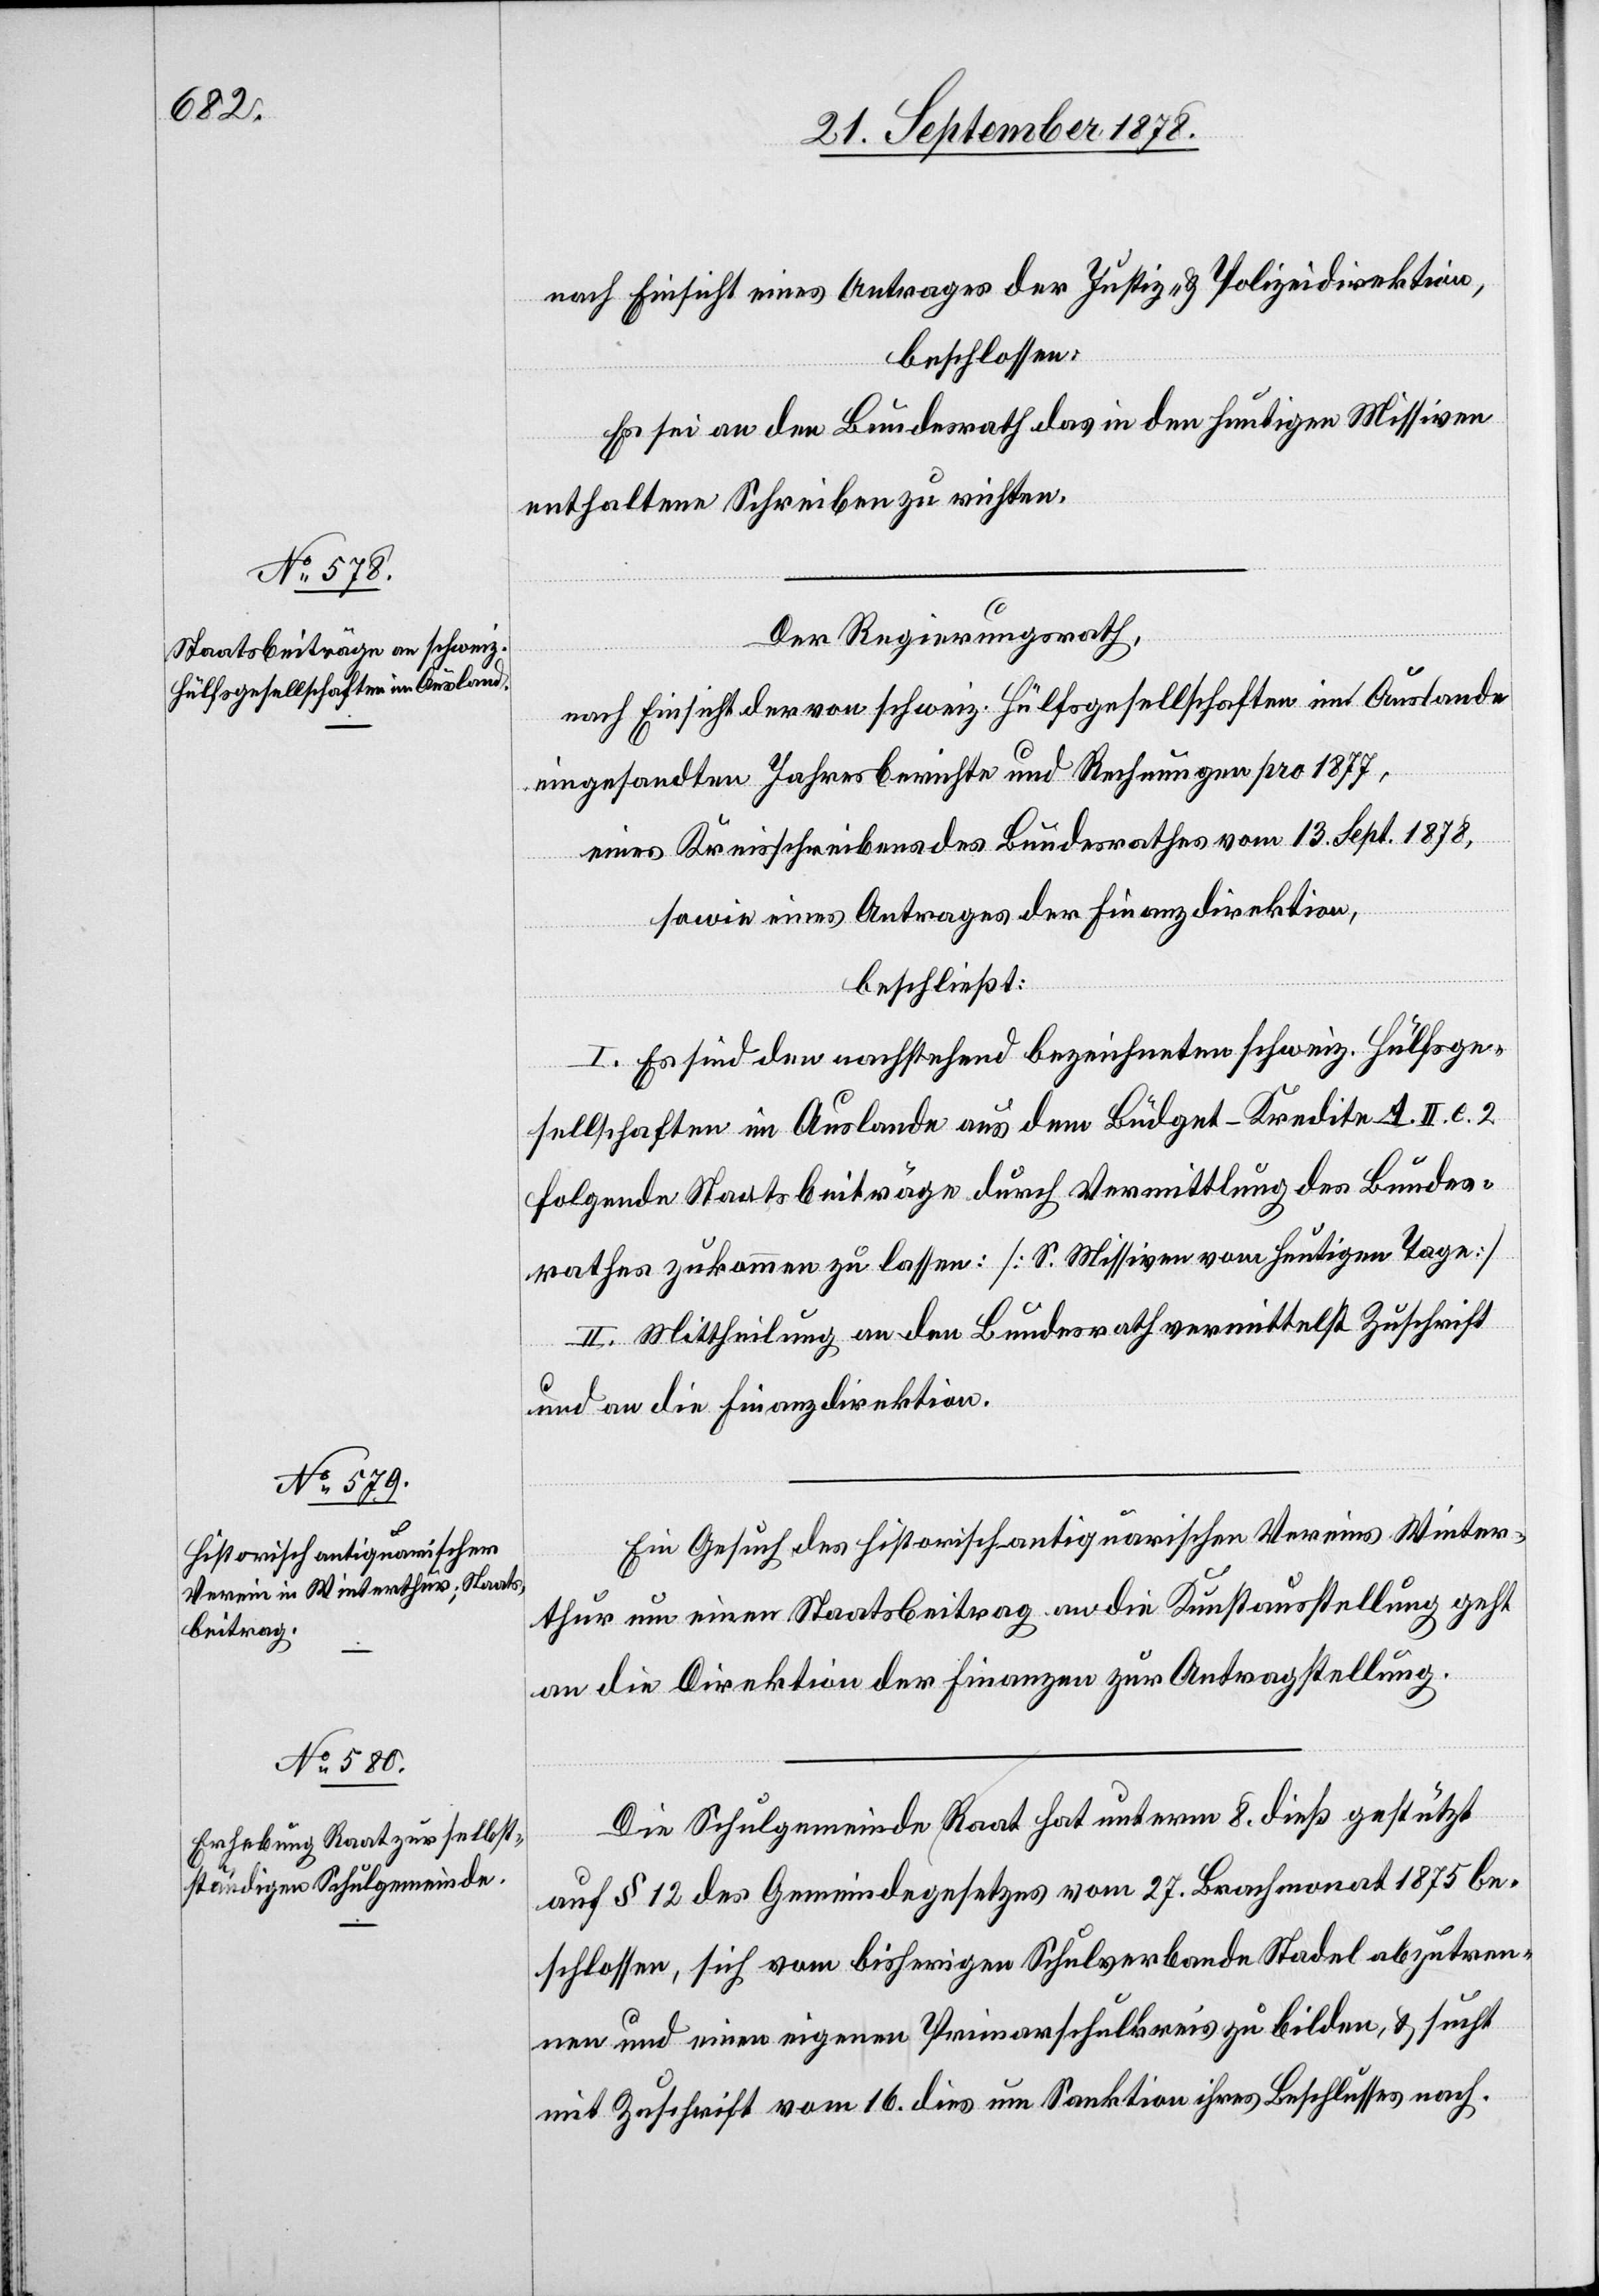
nach Einsicht eines Antrages der Justiz- & Polizeidirektion,
beschlossen:
Es sei an den Bundesrath das in den heutigen Missiven
enthaltene Schreiben zu richten.
Der Regierungsrath,
nach Einsicht der von schweiz. Hülfsgesellschaften im Auslande
eingesandten Jahresberichte und Rechnungen pro 1877,
eines Kreisschreibens des Bundesrathes vom 13. Sept. 1878,
sowie eines Antrages der Finanzdirektion,
beschließt:
I. Es sind den nachstehend bezeichneten schweiz. Hülfsge¬
sellschaften im Auslande aus dem Büdget-Kredite A. II. e.
folgende Staatsbeiträge durch Vermittlung des Bundes¬
rathes zukommen zu lassen: [S. Missiven vom heutigen Tage]
II. Mittheilung an den Bundesrath vermittelst Zuschrift
und an die Finanzdirektion.
Ein Gesuch des historisch-antiquarischen Vereins Winter¬
thur um einen Staatsbeitrag an die Kunstausstellung geht
an die Direktion der Finanzen zur Antragstellung.
Die Schulgemeinde Raat hat unterm 8. dieß gestützt
auf § 12 des Gemeindegesetzes vom 27. Brachmonat 1875 be¬
schlossen, sich vom bisherigen Schulverbande Stadel abzutren¬
nen und einen eigenen Primarschulkreis zu bilden, & sucht
mit Zuschrift vom 16. dies um Sanktion ihres Beschlusses nach.